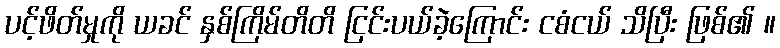
ပင့်ဖိတ်မှုကို ယခင် နှစ်ကြိမ်တိတိ ငြင်းပယ်ခဲ့ကြောင်း ငစံငယ် သိပြီး ဖြစ်၏ ။